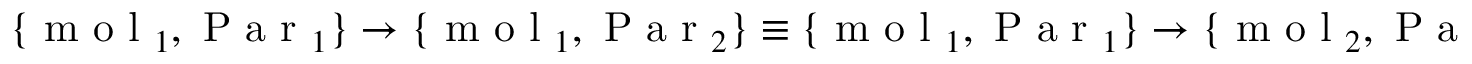
\{ \mathrm { ~ m ~ o ~ l ~ } _ { 1 } , \mathrm { ~ P ~ a ~ r ~ } _ { 1 } \} \rightarrow \{ \mathrm { ~ m ~ o ~ l ~ } _ { 1 } , \mathrm { ~ P ~ a ~ r ~ } _ { 2 } \} \equiv \{ \mathrm { ~ m ~ o ~ l ~ } _ { 1 } , \mathrm { ~ P ~ a ~ r ~ } _ { 1 } \} \rightarrow \{ \mathrm { ~ m ~ o ~ l ~ } _ { 2 } , \mathrm { ~ P ~ a ~ r ~ } _ { 2 } \}